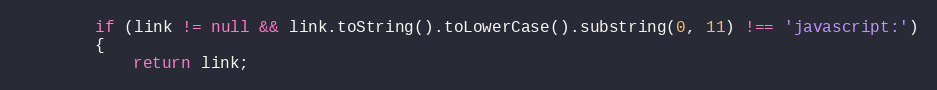
Language: JavaScript
		if (link != null && link.toString().toLowerCase().substring(0, 11) !== 'javascript:')
		{
			return link;